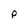
Character: p